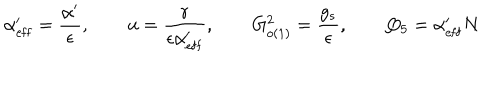
\alpha _ { \mathrm { e f f } } ^ { \prime } = \frac { \alpha ^ { \prime } } { \epsilon } , \qquad u = \frac { r } { \epsilon \alpha _ { \mathrm { e f f } } ^ { \prime } } , \qquad G _ { o ( 1 ) } ^ { 2 } = \frac { g _ { s } } { \epsilon } , \qquad Q _ { 5 } = \alpha _ { \mathrm { e f f } } ^ { \prime } N